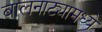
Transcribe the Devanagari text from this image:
बालनाट्यामध्ये